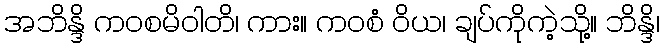
အဘိန္ဒိ ကဝစမိဝါတိ၊ ကား။ ကဝစံ ဝိယ၊ ချပ်ကိုကဲ့သို့။ ဘိန္ဒိ၊